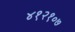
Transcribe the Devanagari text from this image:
४१२१०७